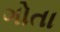
ગોતા